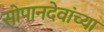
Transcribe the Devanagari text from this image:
सोपानदेवांच्या